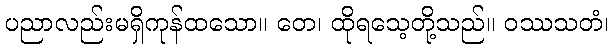
ပညာလည်းမရှိကုန်ထသော။ တေ၊ ထိုရသေ့တို့သည်။ ဝဿသတံ၊